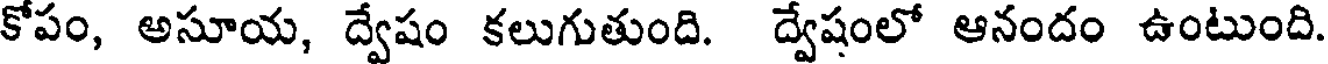
కోపం, అసూయ, ద్వేషం కలుగుతుంది. ద్వేషంలో ఆనందం ఉంటుంది.